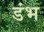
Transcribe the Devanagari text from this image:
डंभ